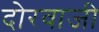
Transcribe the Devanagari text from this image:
दोरवाजी